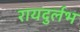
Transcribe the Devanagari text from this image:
रायदुर्लभ